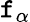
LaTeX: \mathtt{f}_{\alpha}